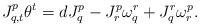
LaTeX: \begin{align*}J_{q,t}^p\theta^t=dJ_q^p-J_r^p\omega_q^r+J_q^r\omega_r^p.\end{align*}